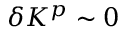
\delta K ^ { p } \sim 0